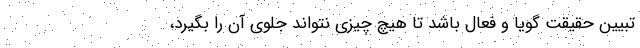
تبیین حقیقت گویا و فعال باشد تا هیچ چیزی نتواند جلوی آن را بگیرد،